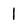
Character: 1